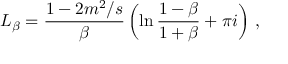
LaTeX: L _ { \beta } = \frac { 1 - 2 m ^ { 2 } / s } { \beta } \left( \ln \frac { 1 - \beta } { 1 + \beta } + \pi i \right) \, ,